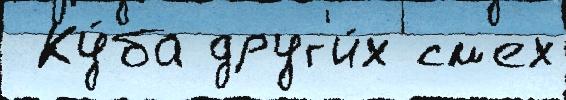
 Ку́ба друг'и́х см'ех